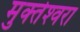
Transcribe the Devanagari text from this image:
मुक्‍तेश्‍वरा